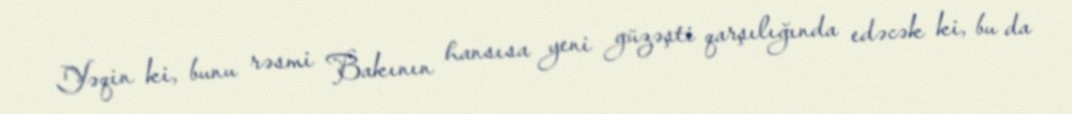
Yəqin ki, bunu rəsmi Bakının hansısa yeni güzəşti qarşılığında edəcək ki, bu da